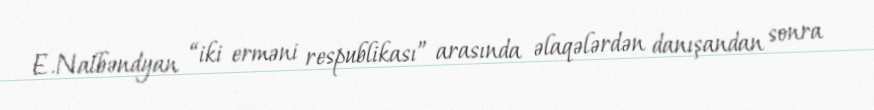
E.Nalbəndyan “iki erməni respublikası” arasında əlaqələrdən danışandan sonra